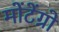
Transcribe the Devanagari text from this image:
मोंटेंग्रो